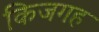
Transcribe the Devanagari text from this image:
किजगह